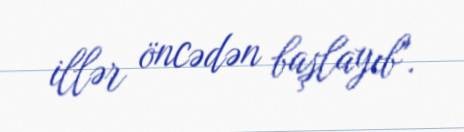
illər öncədən başlayıb".